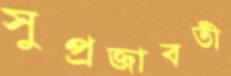
সুপ্রজাবতী